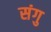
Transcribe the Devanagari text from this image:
संगु